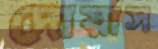
দোয়াস